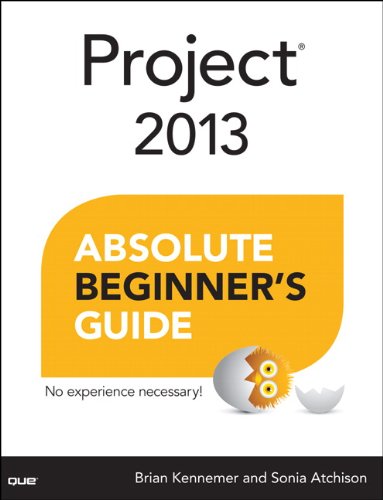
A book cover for Project 2013 Absolute Beginner's Guide; Brian Kennemer; Computers & Technology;